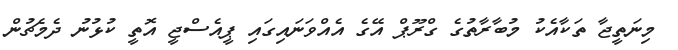
މިނަތީޖާ ތަކާއެކު މުބާރާތުގެ ގްރޫޕް އޭގެ އެއްވަނައިގައި ޕީއެސްޖީ އޮތީ ކުޅުނު ދެމެޗުން